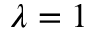
\lambda = 1